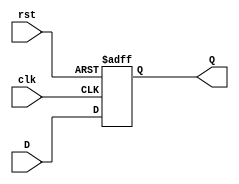
`timescale 1ns / 1ps
//////////////////////////////////////////////////////////////////////////////////
// Company: 
// Engineer: 
// 
// Design Name: 
// Module Name: DFlipFlop
// Project Name: 
// Target Devices: 
// Tool Versions: 
// Description: 
// 
// Dependencies: 
// 
// Revision:
// Revision 0.01 - File Created
// Additional Comments:
// 
//////////////////////////////////////////////////////////////////////////////////


module DFlipFlop(
input clk, rst, D,
output reg Q);
 
 always @ (posedge clk or posedge rst) begin // Asynchronous Reset
 if (rst)
    Q <= 1'b0;
 else
    Q <= D;
 end
endmodule